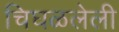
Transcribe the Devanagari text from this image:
चिघळलेली